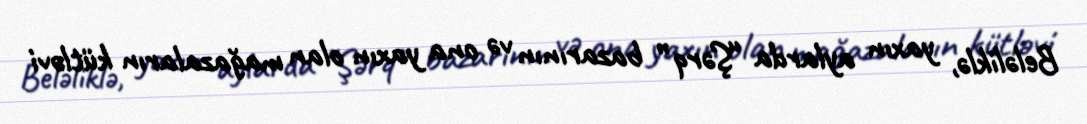
Beləliklə, yaxın aylarda “Şərq” bazarının və ona yaxın olan mağazaların kütləvi